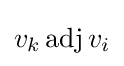
v_{k}\operatorname {adj} v_{i}